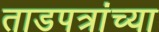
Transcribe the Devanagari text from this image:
ताडपत्रांच्या